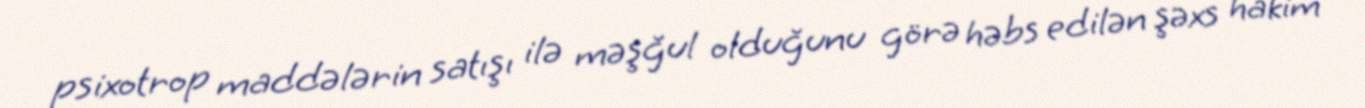
psixotrop maddələrin satışı ilə məşğul olduğunu görə həbs edilən şəxs hakim